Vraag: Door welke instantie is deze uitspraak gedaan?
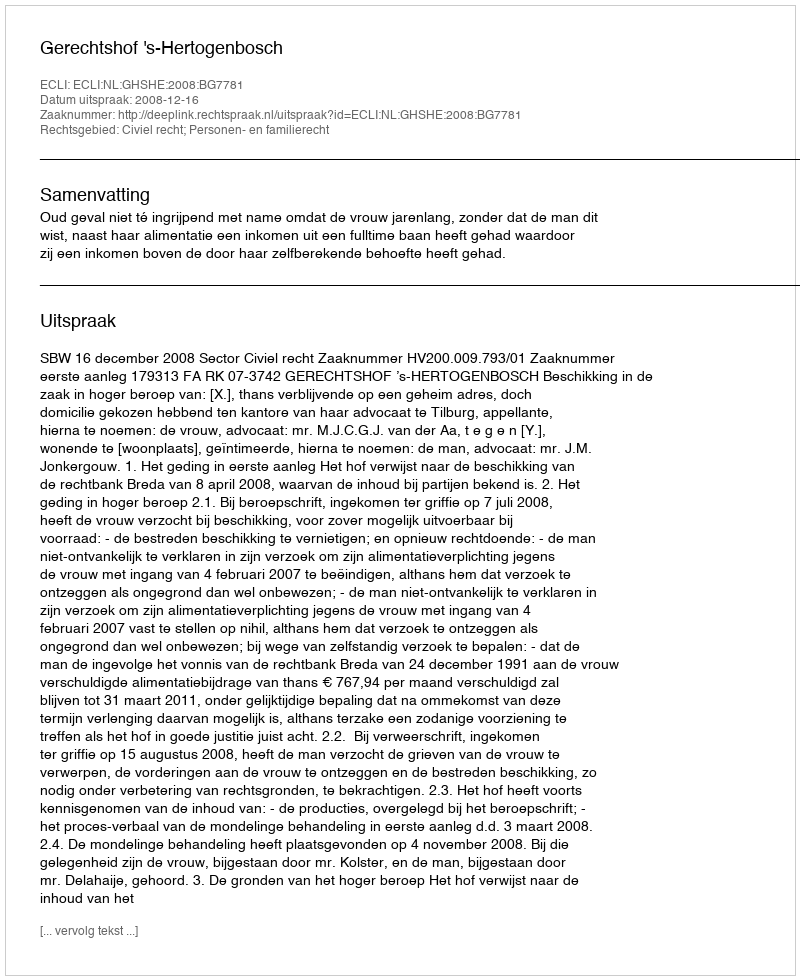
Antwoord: Gerechtshof 's-Hertogenbosch